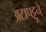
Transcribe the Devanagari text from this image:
अटापट्टुने